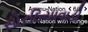
સોરઠિયાવાડી